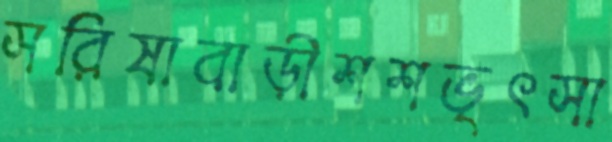
সরিষাবাড়ীশশভৃৎসা